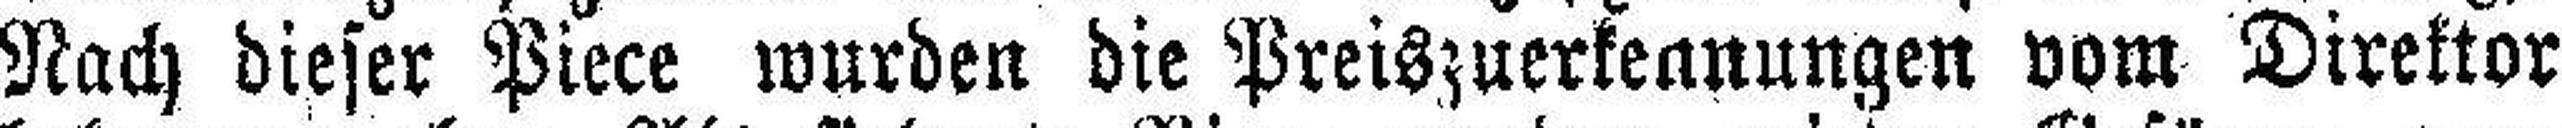
Nach dieser Piece wurden die Preiszuerkeanungen vom Direktor